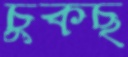
চুকছ